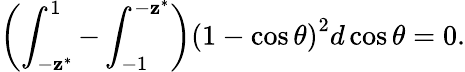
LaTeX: \left(\int_{-\mathbf{z}^{*}}^{1}-\int_{-1}^{-\mathbf{z}^{*}}\right)\left(1-\cos\theta\right)^{2}d\cos\theta=0.